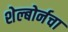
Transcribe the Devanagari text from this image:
शेल्बोर्नचा